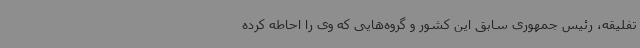
تفلیقه، رئیس جمهوری سابق این کشور و گروه‌هایی که وی را احاطه کرده